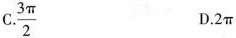
C.\frac{3 \pi}{2} D.2\pi